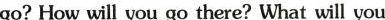
go? How will you go there? What will you